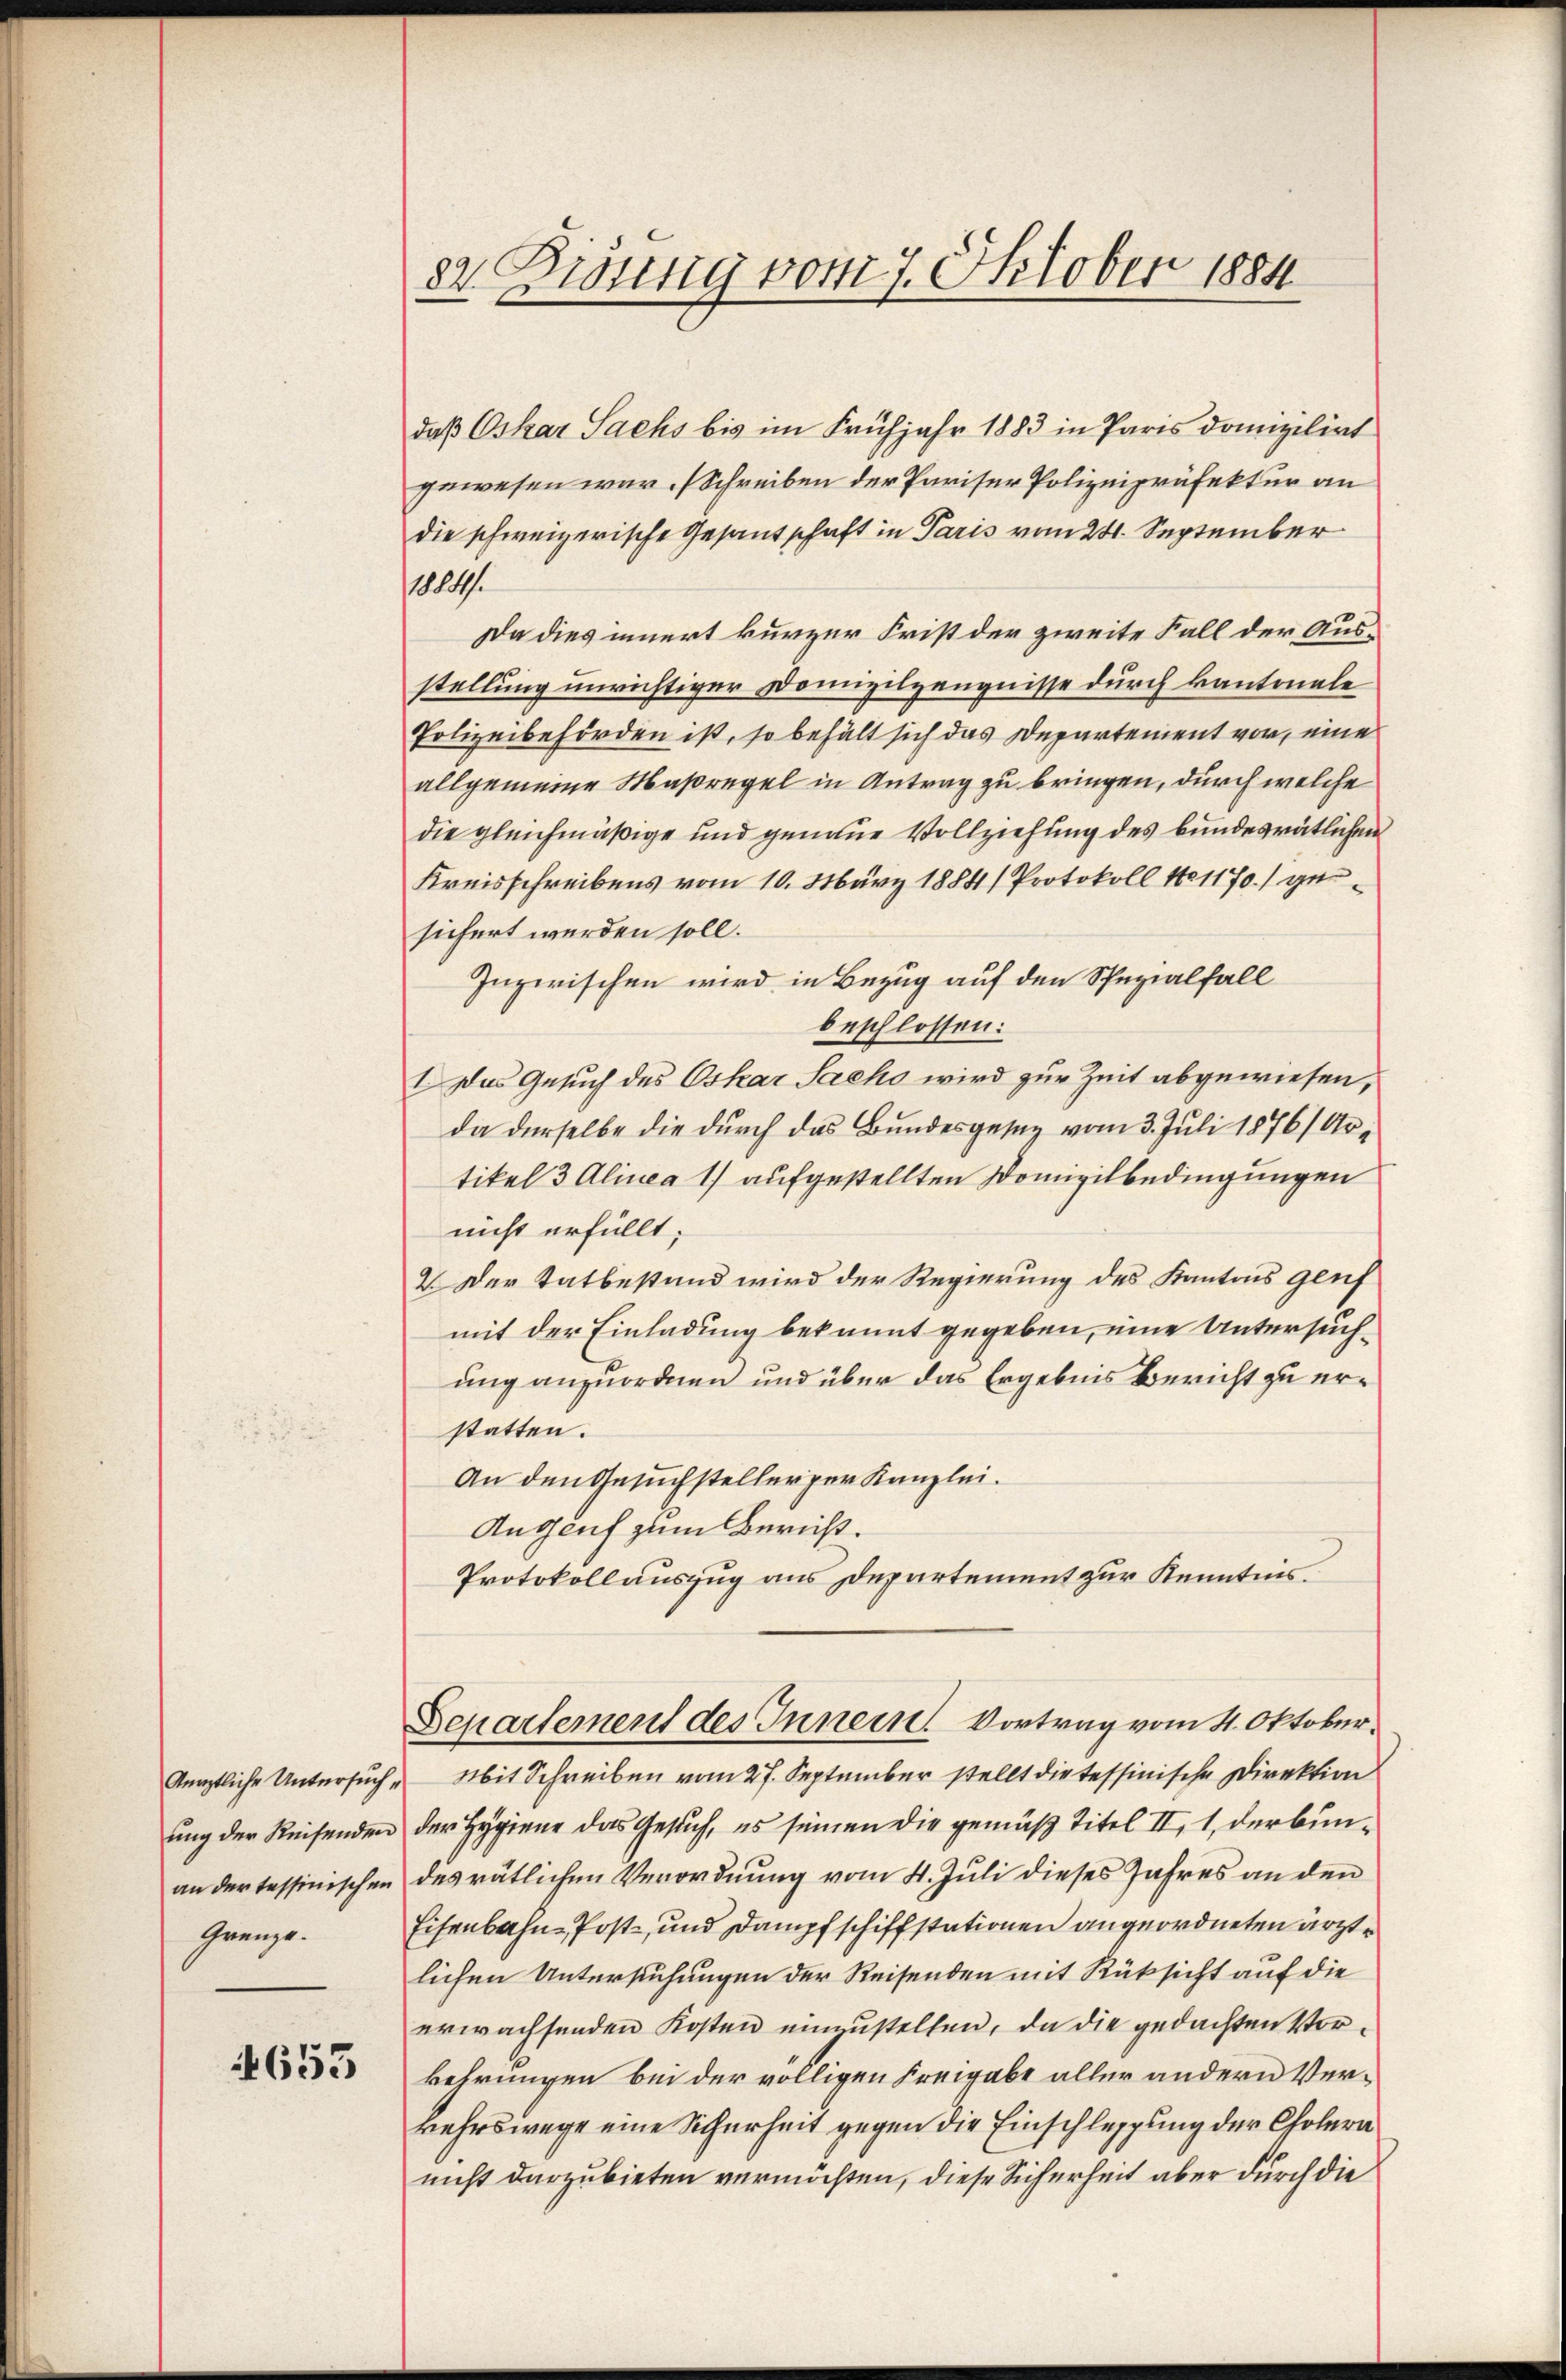
an der tessinischen
Grenze.

653

82. Disung vom 7. October 1884

daß Oskar Sachs bis im Frühjahr 1883 in Paris domizilirt
gewesen war. Schreiben der Pariser Polizeipräfektur an
die schweizerische Gesandtschaft in Paris vom 24. September
1104.
Da dies innert kurzer Frist der zweite Fall der Ausstellung unrichtiger Domizilzeugnisse durch kantonale
Polizeibehörden ist, so behält sich das Departement vor, eine
allgemeine Maßregel in Antrag zu bringen, durch welche
die gleichmäßige und genaue Vollziehung des bundesrätlichen
Kreisschreibens vom 10. März 1884/ Protokoll No 1170.) gesichert werden soll.
Inzwischen wird in Bezug auf den Spezialfall
beschlossen:
Das Gesuch des Oskar Sachs wird zur Zeit abgewiesen,
da derselbe die durch das Bundesgesag vom 3. Juli 1876/ Artikel 3 Alinea 1) aufgestellten Domizilbedingungen
nicht erfüllt;
2. Der Tatbestand wird der Regierung des Kantons genf
mit der Einladung bekannt gegeben, eine Untersuchung anzuordnen und über das Ergebnis Bericht zu erstatten.
An den Gesuchstellerger Kanzlei.
Anguuf zum Bericht.
Protokollauszug aus Departement zur Kenntnis.
Separtement des Innern. Vortrag vom 4. Oktober.
kürztliche Untersuch " Mit Schreiben vom 27. September stellt die tessinische Direktion
ung der Reisenden der Hygiene das Gesuch, es seinen die gemäß Titel II, 1, derbundes rätlichen Verordnung vom 4. Juli dieses Jahres an den
Eisenbahn Post- und Dampfschiffstationen angeordneten ärzte
lichen Untersuchungen der Reisenden mit Rüksicht auf die
erwachsenden Kosten einzustellen, da die gedachten Vorkehrungen bei der völligen Freigabe aller andern Verkehrswege eine Sicherheit gegen die Einschleppung der Cholera
nicht darzubieten vermöchten, diese Sicherheit aber durch die